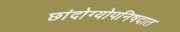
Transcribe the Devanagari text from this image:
छांदोग्योपनिषदात